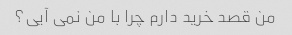
من قصد خرید دارم چرا با من نمی آیی؟